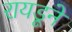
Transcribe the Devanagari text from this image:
रायडूने